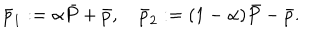
\bar { p } _ { 1 } : = \alpha \bar { P } + \bar { p } , \quad \bar { p } _ { 2 } : = ( 1 - \alpha ) \bar { P } - \bar { p } .